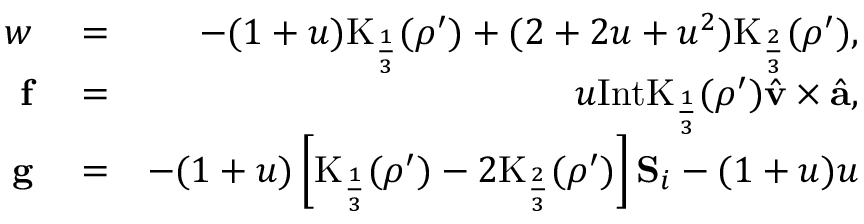
\begin{array} { r l r } { w } & { { } = } & { - ( 1 + u ) \mathrm { K } _ { \frac { 1 } { 3 } } ( \rho ^ { \prime } ) + ( 2 + 2 u + u ^ { 2 } ) \mathrm { K } _ { \frac { 2 } { 3 } } ( \rho ^ { \prime } ) , } \\ { \mathbf { f } } & { { } = } & { u \mathrm { I n t K } _ { \frac { 1 } { 3 } } ( \rho ^ { \prime } ) \hat { { \mathbf v } } \times \hat { { \mathbf a } } , } \\ { \mathbf { g } } & { { } = } & { - ( 1 + u ) \left[ \mathrm { K } _ { \frac { 1 } { 3 } } ( \rho ^ { \prime } ) - 2 \mathrm { K } _ { \frac { 2 } { 3 } } ( \rho ^ { \prime } ) \right] \mathbf { S } _ { i } - ( 1 + u ) u } \end{array}